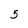
Character: 5